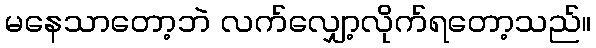
မနေသာတော့ဘဲ လက်လျှော့လိုက်ရတော့သည်။